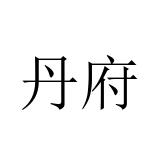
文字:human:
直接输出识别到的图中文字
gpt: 丹府